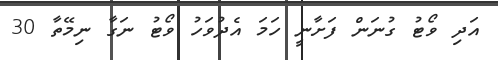
އަދި ވޯޓު ގުނަން ފަށާނީ ހަމަ އެދުވަހު ވޯޓު ނަގާ ނިމޭތާ 30